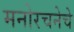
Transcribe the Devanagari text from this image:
मनोरचनेचे